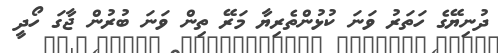
ދުނިޔޭގެ ހަތަރު ވަނަ ކުޅުންތެރިޔާ މަރޭ ތިން ވަނަ ބުރުން ޖާގަ ހޯދީ